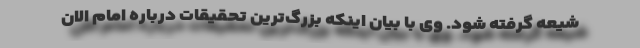
شیعه گرفته شود. وی با بیان اینکه بزرگ‌ترین تحقیقات درباره امام الان